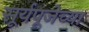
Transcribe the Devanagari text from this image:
सूर्यपूजेच्या